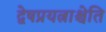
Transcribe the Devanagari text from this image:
द्वेषप्रयत्नाश्चेति